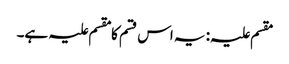
مقسم علیہ: یہ اس قسم کا مقسم علیہ ہے۔